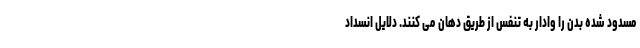
مسدود شده بدن را وادار به تنفس از طریق دهان می کنند. دلایل انسداد